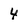
Character: 4